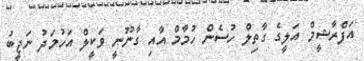
އަފްރާޝީމް އަލީގެ ގާތިލް ހުސެން ހުމާމް އާއި ގާނޫނީ ވަކީލް އަހުމަދު ނަޖީބު